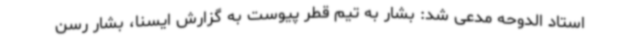
استاد الدوحه مدعی شد: بشار به تیم قطر پیوست به گزارش ایسنا، بشار رسن